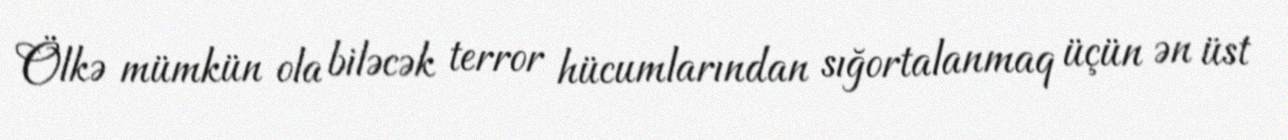
Ölkə mümkün ola biləcək terror hücumlarından sığortalanmaq üçün ən üst